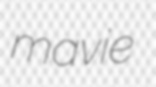
mavie